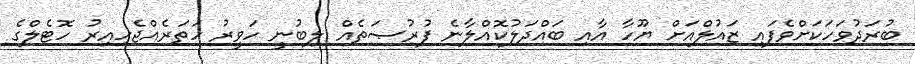
ބުރަދުވަހަކަށްވެފައި ޒައުލްއަށް ޔޫހާ އާއި ބައްދަލުކޮއްލާނެ ފުރުޞަތެއް ލިބުނީ ހަވީރު ހަތަރެއްޖެހިއިރު ހޮޓެލްގެ